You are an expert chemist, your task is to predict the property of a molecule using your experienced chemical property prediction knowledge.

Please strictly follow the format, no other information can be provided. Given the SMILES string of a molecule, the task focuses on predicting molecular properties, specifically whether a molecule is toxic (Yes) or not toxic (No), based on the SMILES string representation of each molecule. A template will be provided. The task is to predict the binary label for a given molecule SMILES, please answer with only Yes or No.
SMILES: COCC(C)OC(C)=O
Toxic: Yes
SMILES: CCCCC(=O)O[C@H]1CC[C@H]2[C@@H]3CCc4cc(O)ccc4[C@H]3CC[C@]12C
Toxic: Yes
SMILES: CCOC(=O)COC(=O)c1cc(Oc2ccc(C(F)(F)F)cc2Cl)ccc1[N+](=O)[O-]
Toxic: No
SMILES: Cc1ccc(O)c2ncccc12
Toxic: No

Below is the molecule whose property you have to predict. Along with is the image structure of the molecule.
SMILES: Cc1ccccc1-n1c(CF)nc2ccc(N)cc2c1=O
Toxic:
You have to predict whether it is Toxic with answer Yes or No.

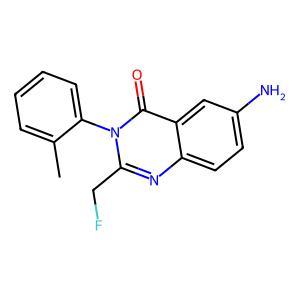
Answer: Yes